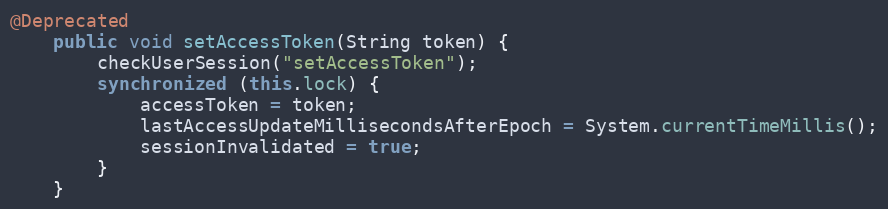
Language: Java
@Deprecated
    public void setAccessToken(String token) {
        checkUserSession("setAccessToken");
        synchronized (this.lock) {
            accessToken = token;
            lastAccessUpdateMillisecondsAfterEpoch = System.currentTimeMillis();
            sessionInvalidated = true;
        }
    }